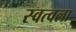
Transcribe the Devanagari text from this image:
स्वत्वला